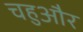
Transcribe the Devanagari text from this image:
चहुऔर